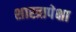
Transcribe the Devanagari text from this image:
शास्त्रापेक्षा